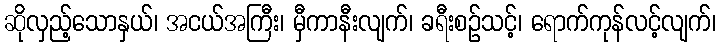
ဆိုလှည့်သောနှယ်၊ အငယ်အကြီး၊ မှီကာနီးလျက်၊ ခရီးစဉ်သင့်၊ ရောက်ကုန်လင့်လျက်၊